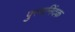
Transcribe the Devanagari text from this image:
पुरुषनिंदक